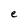
Character: e